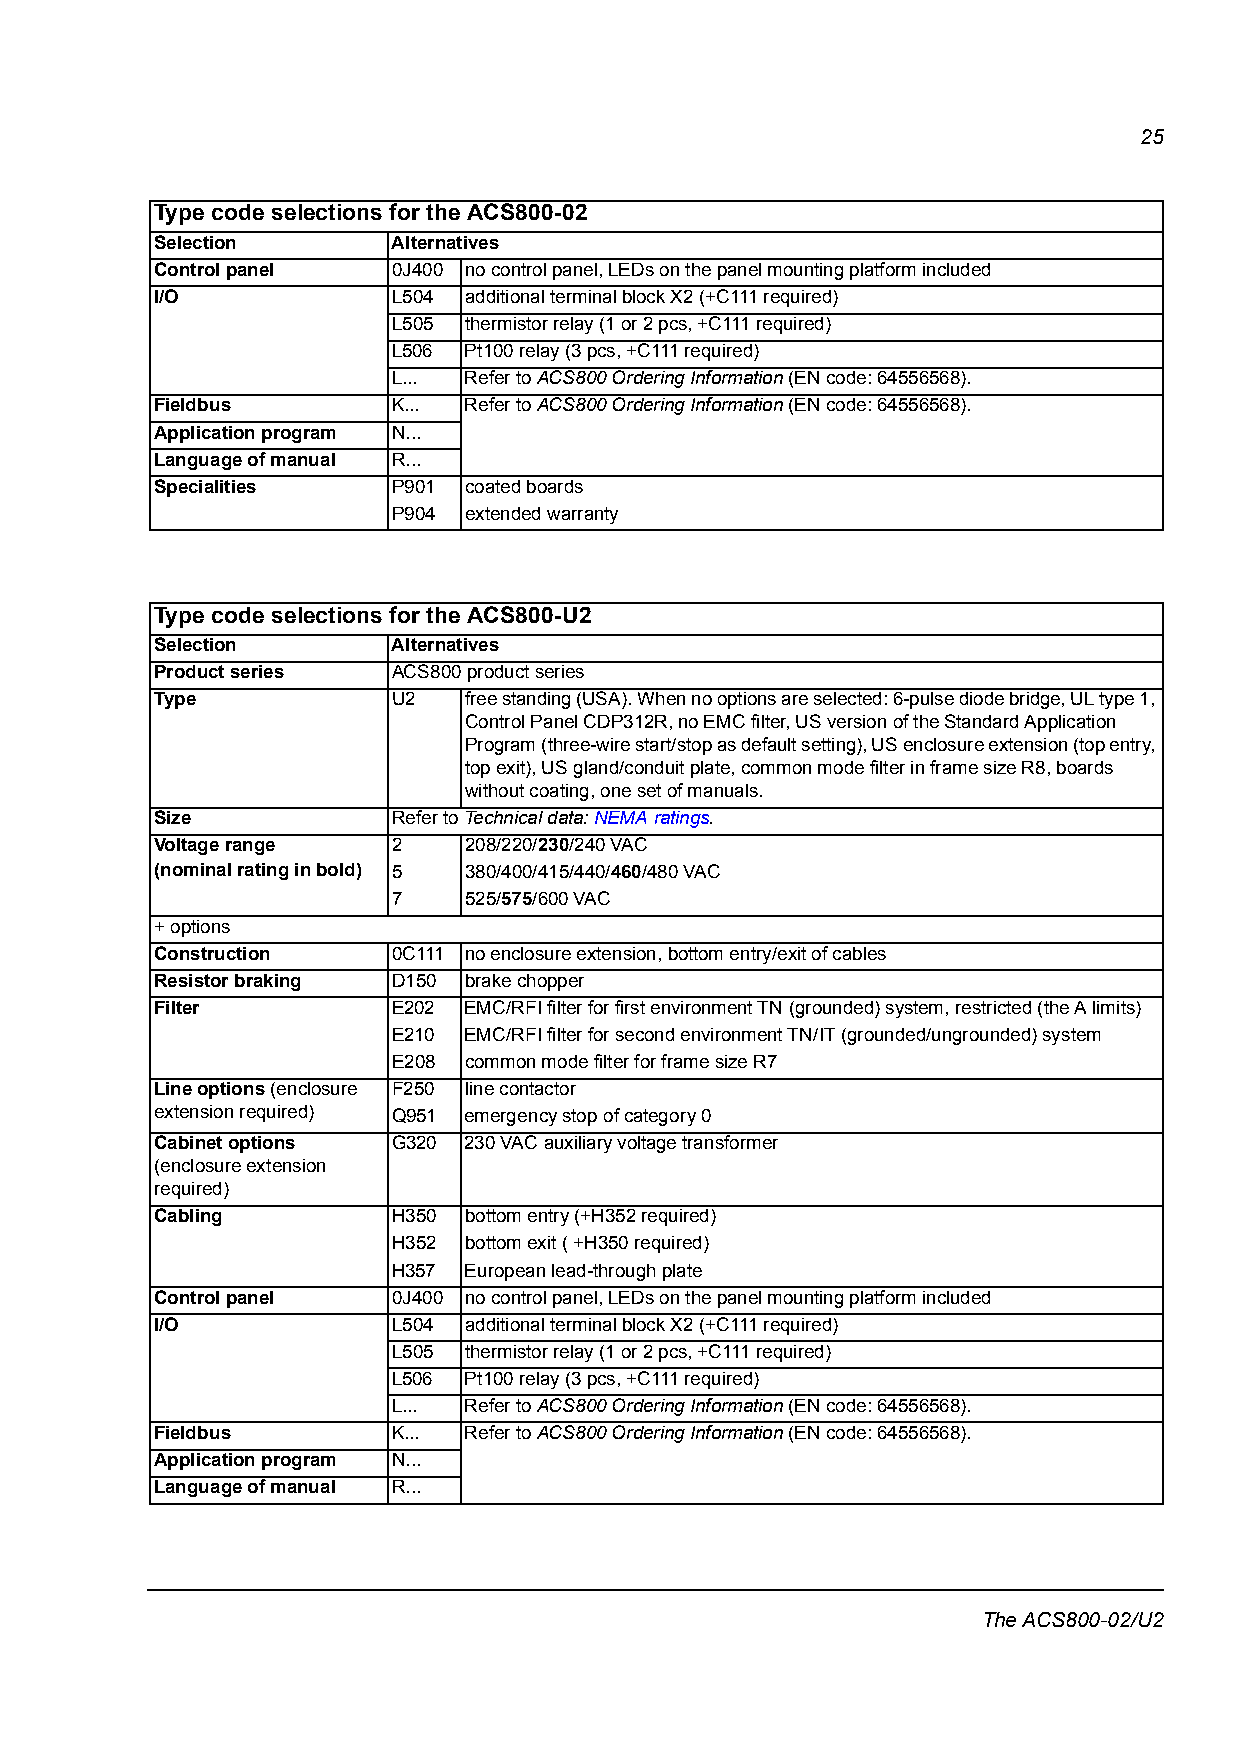
25
 Type code selections for the ACS800-02
 Selection       Alternatives
 Control panel   0J400 no control panel, LEDs on the panel mounting platform included
 I/O             L504 additional terminal block X2 (+C111 required)
 L505 thermistor relay (1 or 2 pcs, +C111 required)
 L506 Pt100 relay (3 pcs, +C111 required)
 L... Refer to ACS800 Ordering Information (EN code: 64556568).
 Fieldbus        K... Refer to ACS800 Ordering Information (EN code: 64556568).
 Application program N...
 Language of manual R...
 Specialities    P901 coated boards
 P904 extended warranty
 Type code selections for the ACS800-U2
 Selection       Alternatives
 Product series  ACS800 product series
 Type            U2   free standing (USA). When no options are selected: 6-pulse diode bridge, UL type 1,
 Control Panel CDP312R, no EMC filter, US version of the Standard Application
 Program (three-wire start/stop as default setting), US enclosure extension (top entry,
 top exit), US gland/conduit plate, common mode filter in frame size R8, boards
 without coating, one set of manuals.
 Size            Refer to Technical data: NEMA ratings.
 Voltage range   2    208/220/230/240 VAC
 (nominal rating in bold) 5 380/400/415/440/460/480 VAC
 7    525/575/600 VAC
 + options
 Construction    0C111 no enclosure extension, bottom entry/exit of cables
 Resistor braking D150 brake chopper
 Filter          E202 EMC/RFI filter for first environment TN (grounded) system, restricted (the A limits)
 E210 EMC/RFI filter for second environment TN/IT (grounded/ungrounded) system
 E208 common mode filter for frame size R7
 Line options (enclosure F250 line contactor
 extension required) Q951 emergency stop of category 0
 Cabinet options G320 230 VAC auxiliary voltage transformer
 (enclosure extension
 required)
 Cabling         H350 bottom entry (+H352 required)
 H352 bottom exit ( +H350 required)
 H357 European lead-through plate
 Control panel   0J400 no control panel, LEDs on the panel mounting platform included
 I/O             L504 additional terminal block X2 (+C111 required)
 L505 thermistor relay (1 or 2 pcs, +C111 required)
 L506 Pt100 relay (3 pcs, +C111 required)
 L... Refer to ACS800 Ordering Information (EN code: 64556568).
 Fieldbus        K... Refer to ACS800 Ordering Information (EN code: 64556568).
 Application program N...
 Language of manual R...
 The ACS800-02/U2